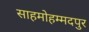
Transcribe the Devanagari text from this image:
साहमोहम्मदपुर